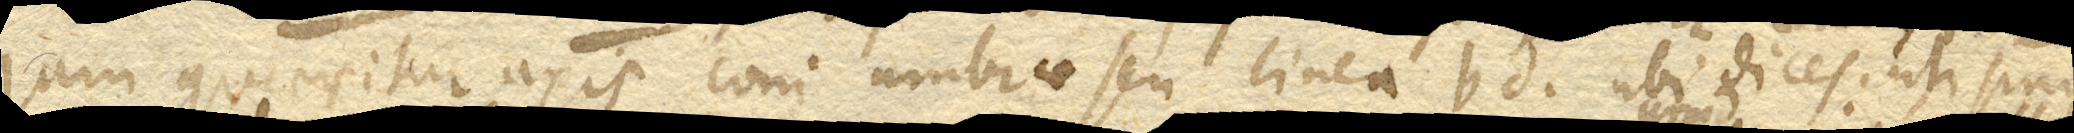
Jam quaeritur axis coni umbrae seu linea bd. ubi dices: uti sinus